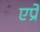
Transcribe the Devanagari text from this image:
एप्रे